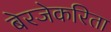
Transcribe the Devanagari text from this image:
बेरजेकरिता